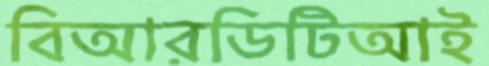
বিআরডিটিআই